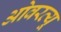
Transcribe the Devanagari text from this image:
ओवरव्यू